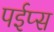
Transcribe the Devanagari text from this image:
पईप्स